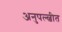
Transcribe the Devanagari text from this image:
अनुपल्ल्वीत